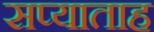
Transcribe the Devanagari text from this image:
सप्याताह